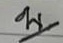
บ